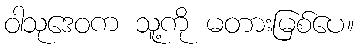
ဝါသုဒေဝက သူ့ကို မတားမြစ်ပေ။